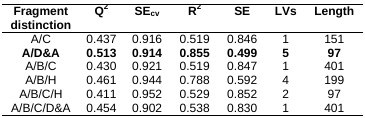
<table><thead><tr><td><b>Fragment distinction</b></td><td><b>Q<sup>2</sup></b></td><td><b>SE<sub>cv</sub></b></td><td><b>R<sup>2</sup></b></td><td><b>SE</b></td><td><b>LVs</b></td><td><b>Length</b></td></tr></thead><tbody><tr><td>A/C</td><td>0.437</td><td>0.916</td><td>0.519</td><td>0.846</td><td>1</td><td>151</td></tr><tr><td><b>A/D&amp;A</b></td><td><b>0.513</b></td><td><b>0.914</b></td><td><b>0.855</b></td><td><b>0.499</b></td><td><b>5</b></td><td><b>97</b></td></tr><tr><td>A/B/C</td><td>0.430</td><td>0.921</td><td>0.519</td><td>0.847</td><td>1</td><td>401</td></tr><tr><td>A/B/H</td><td>0.461</td><td>0.944</td><td>0.788</td><td>0.592</td><td>4</td><td>199</td></tr><tr><td>A/B/C/H</td><td>0.411</td><td>0.952</td><td>0.529</td><td>0.852</td><td>2</td><td>97</td></tr><tr><td>A/B/C/D&amp;A</td><td>0.454</td><td>0.902</td><td>0.538</td><td>0.830</td><td>1</td><td>401</td></tr></tbody></table>